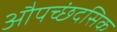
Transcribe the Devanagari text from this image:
औपच्छंदसिक